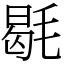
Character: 毼